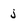
Character: j